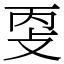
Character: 㪅